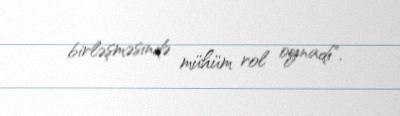
birləşməsində mühüm rol oynadı".